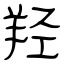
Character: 羟